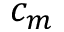
c _ { m }